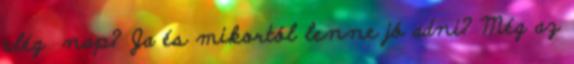
elég nap? Ja és mikortól lenne jó adni? Még az